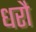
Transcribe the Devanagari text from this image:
धरौ